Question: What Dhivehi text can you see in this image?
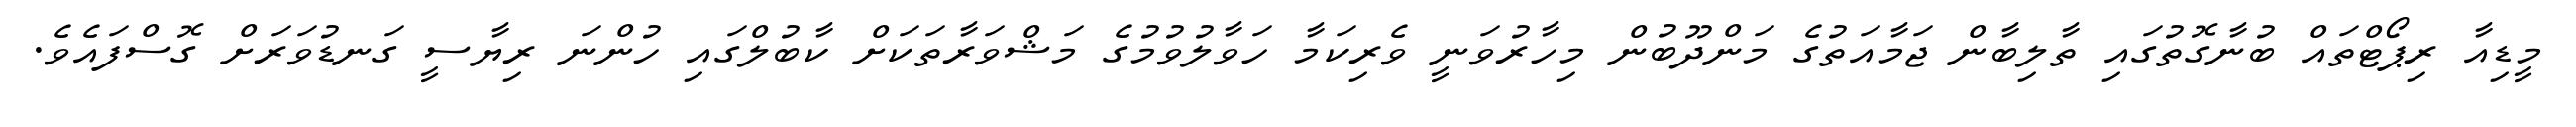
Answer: މީޑިއާ ރިޕޯޓްތައް ބުނާގޮތުގައި ތާލިބާން ޖަމާއަތުގެ މަންދޫބުން މިހާރުވަނީ ވެރިކަމާ ހަވާލުވުމުގެ މަޝްވަރާތަކަށް ކާބުލްގައި ހުންނަ ރިޔާސީ ގަނޑުވަރަށް ގޮސްފައެވެ.